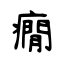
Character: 癇